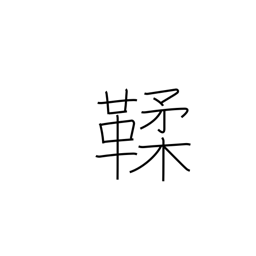
Meaning: tanned leather